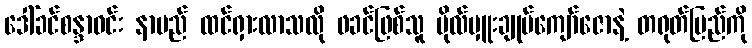
ဒေါ်ခင်စန္ဒာဝင်း နာမည် ထင်ရှားလာသလို ဖခင်ဖြစ်သူ ဗိုလ်မှူးချုပ်ကျော်ဇောနဲ့ တရုတ်ပြည်ကို